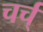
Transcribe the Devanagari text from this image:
चर्च्